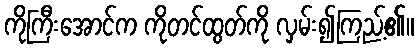
ကိုကြီးအောင်က ကိုတင်ထွတ်ကို လှမ်း၍ကြည့်၏။